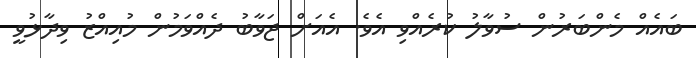
ބައެއް މެންބަރުން ސުވާލު ކުރެއްވި އެވެ. އެއަަށް ޖަވާބު ދެއްވަމުން މުއިއްޒު ވިދާޅުވީ